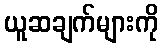
ယူဆချက်များကို